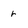
Character: r